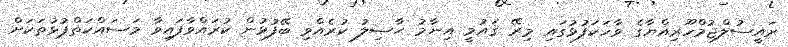
ރައީސުލްޖުމްހޫރިއްޔާގެ ވާހަކަފުޅުގައި މިރޭ ޤައުމީ އިނާމު ޙާޞިލު ކުރެއްވި ބޭފުޅުން ކުރައްވާފައިވާ މަސައްކަތްޕުޅުތަކަށް